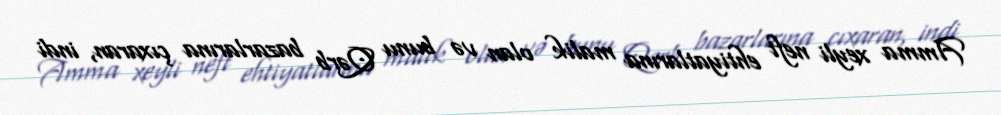
Amma xeyli neft ehtiyatlarına malik olan və bunu Qərb bazarlarına çıxaran, indi